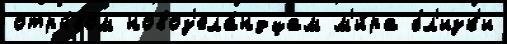
отры́вом новоз'ела́ндцам м'и́ра бл'изк'и